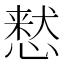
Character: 慭